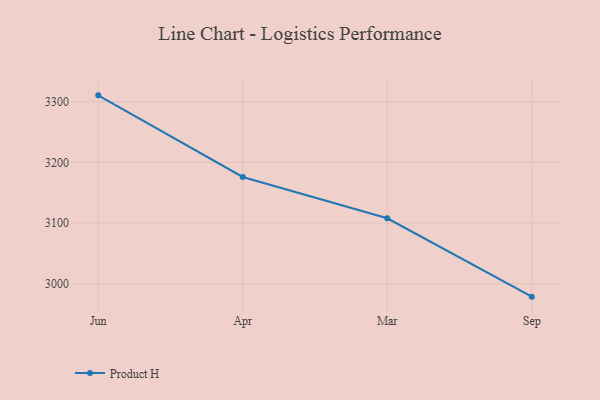
{"axis": {"x": "Month", "y": "Revenue (USD Million)"}, "legend": ["Product H"], "data": [{"x": "Jun", "y": 3310.5, "type": "Product H"}, {"x": "Apr", "y": 3176.0, "type": "Product H"}, {"x": "Mar", "y": 3107.9, "type": "Product H"}, {"x": "Sep", "y": 2978.8, "type": "Product H"}]}